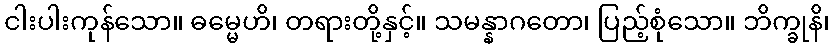
ငါးပါးကုန်သော။ ဓမ္မေဟိ၊ တရားတို့နှင့်။ သမန္နာဂတော၊ ပြည့်စုံသော။ ဘိက္ခုနိ၊